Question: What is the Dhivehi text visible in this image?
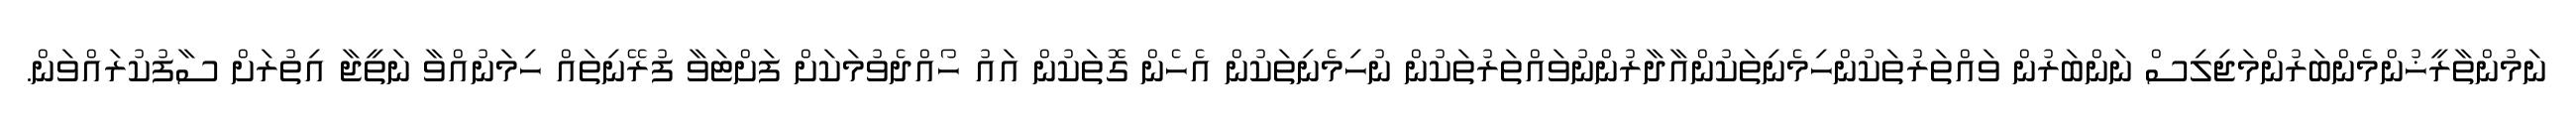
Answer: ނަމުންތާރީޚުންމެންބަރުންމަޖިލިސް ނަންބަރުން ވައްތަރުތަކުންހިމެނިތަކުންއާދާރުންނުވައްތަރުތަކުން ނުހިމެނިތަކުން އެހެން ގޮތަކުން އައު ހޯއްދެވުމަކަށް ފަށްޓަވާ ފުރޭނިތައް ހިމަނުއްވާ ނަތީޖާ އިތުރަށް ސާފުކުރައްވަން.